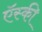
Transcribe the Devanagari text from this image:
ऍस्की